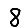
Digit: 8